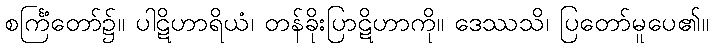
စင်္ကြံတော်၌။ ပါဋိဟာရိယံ၊ တန်ခိုးပြာဋိဟာကို။ ဒေဿသိ၊ ပြတော်မူပေ၏။